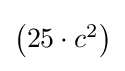
{\textstyle \left(25\cdot c^{2}\right)}